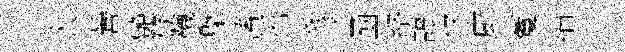
太營艶倐韈槩藩摇豸凾絡諄技廚藑緇